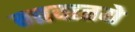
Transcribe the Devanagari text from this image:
गावातये